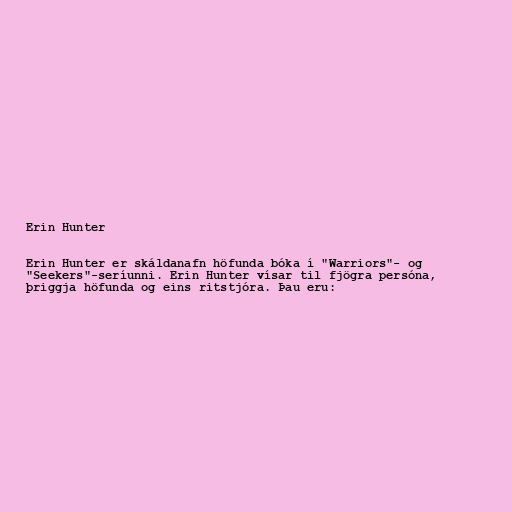
Erin Hunter

Erin Hunter er skáldanafn höfunda bóka í "Warriors"- og
"Seekers"-seríunni. Erin Hunter vísar til fjögra persóna,
þriggja höfunda og eins ritstjóra. Þau eru: